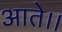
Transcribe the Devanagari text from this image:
आते।।